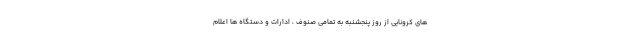
های کرونایی از روز پنجشنبه به تمامی صنوف ، ادارات و دستگاه ها اعلام